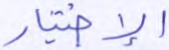
الإختيار